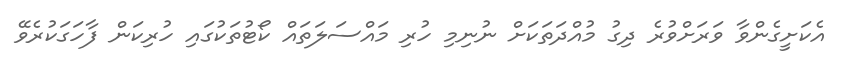
އެކަށީގެންވާ ވަރަށްވުރެ ދިގު މުއްދަތަކަށް ނުނިމި ހުރި މައްސަލަތައް ކޯޓުތަކުގައި ހުރިކަން ފާހަގަކުރެވޭ